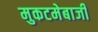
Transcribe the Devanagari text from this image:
मुकटमेबाजी